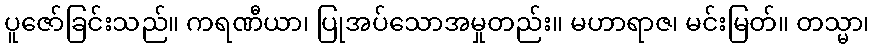
ပူဇော်ခြင်းသည်။ ကရဏီယာ၊ ပြုအပ်သောအမှုတည်း။ မဟာရာဇ၊ မင်းမြတ်။ တသ္မာ၊